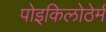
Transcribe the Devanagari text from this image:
पोइकिलोठेर्म